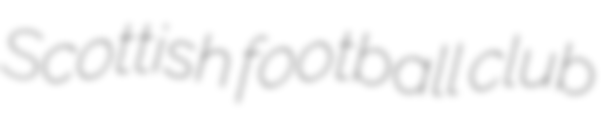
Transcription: Scottish football club